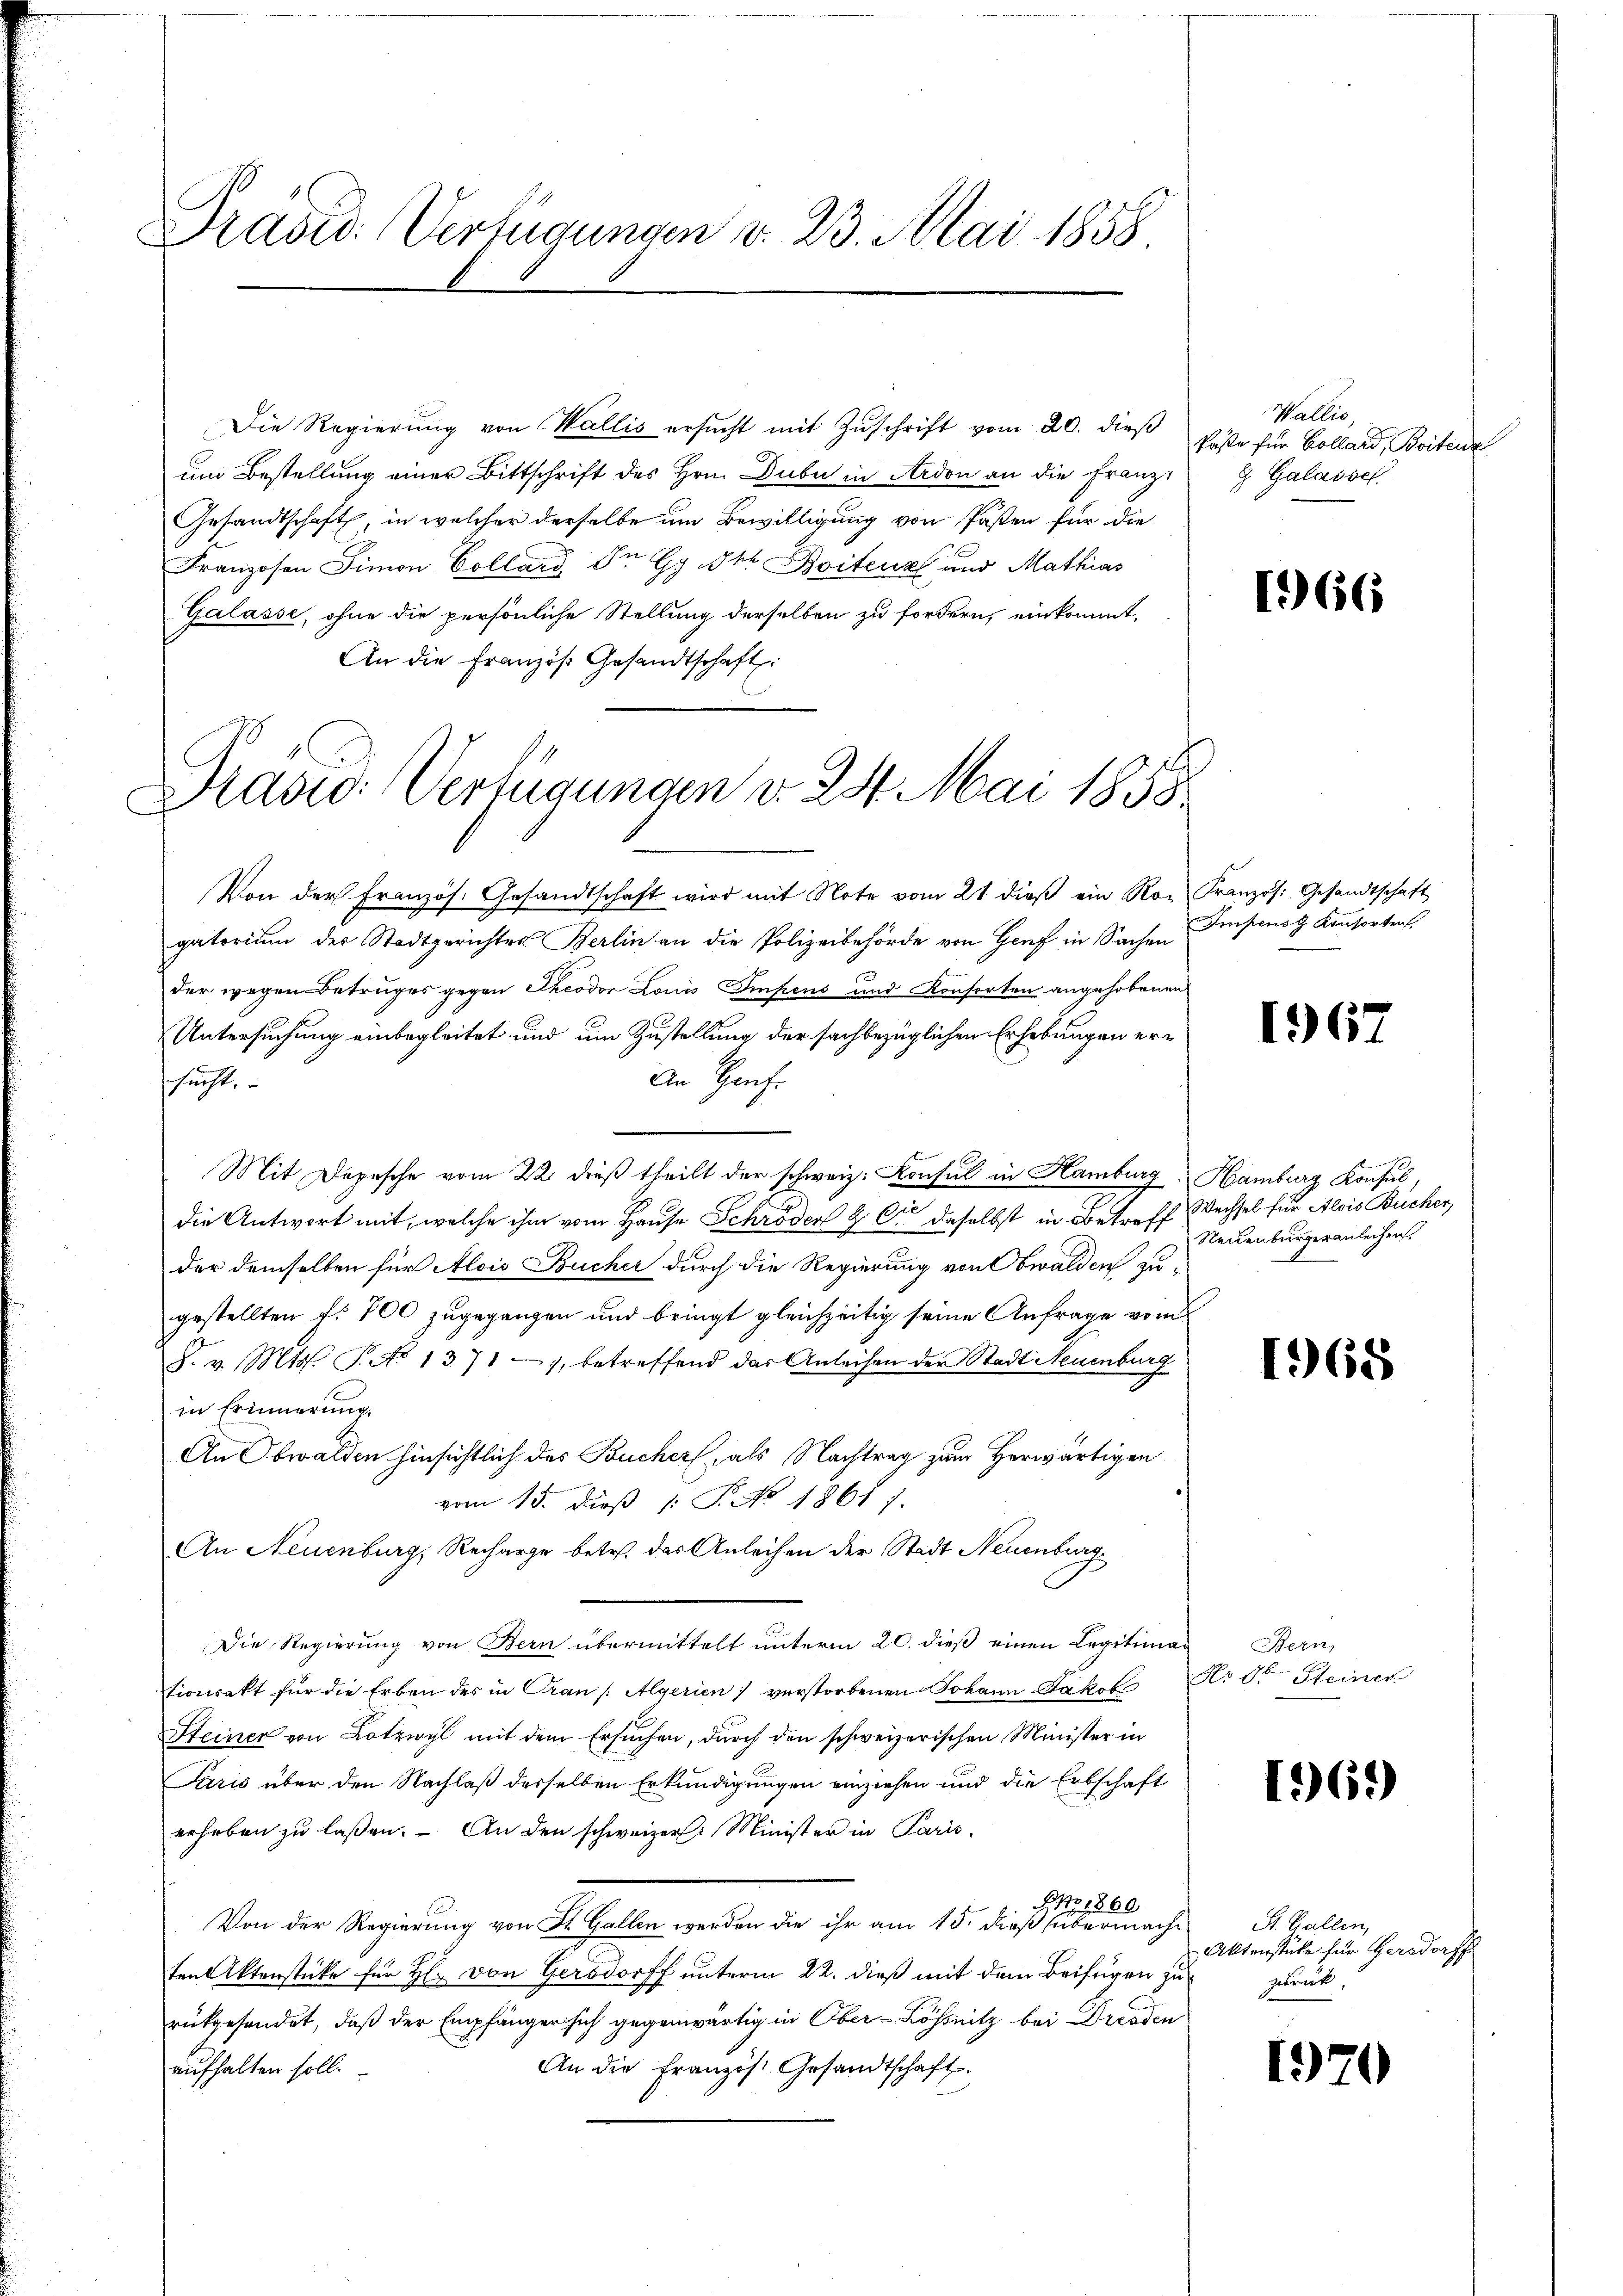
Präsid. Verfügungen v. 23. Mai 1858

Die Regierŭng von Wallis ersŭcht mit Zŭschrift vom 20. dieß
um Bestellung einer Bittschrift des Hrn. Dubi in Ardon an die Franz¬
Gesandtschaft, in welcher derselbe um Bewilligung von Pasten für die
Franzosen Simon Collard Dr Gg Pkt. Boitenz und Mathias
Galasse, ohne die persönliche Stellung derselben zu fordern, einkommt,
An die Französ. Gesandtschaft

Drasio: Verfügungen d. 24. Mai 1858

Von der Französ. Gesandtschaft wird mit Note vom 21. dieß ein Rogatorium der Stadtgerichtes Berlin an die Polizeibehörde von Genf in Sachen
der wegen Betruges gegen Theodor Louis Impens und Konsorten angehobenen
Untersuchung einbegleitet und um Zustellung der sachbezüglichen Erhebungen er¬
An Hauf
schsucht.
Mit Depesche vom 22. dieß theilt der schweiz. Konsul in Hamburg
die Antwort mit, welche ihm vom Hause Schröder 2 Er daselbst in Betreff Wechsel für Alois Bücher
der demselben für Alois Bucher durch die Regierung von Obwalden zugestellten f. 700 zugegangen und bringt gleichzeitig seine Anfrage vom
S. v. Mts. T. No 1371, betreffend das Anleihen der Stadt Neuenburg
2
in Erinnerung.
An Obwalden hinsichtlich des Bucher, als Nachtrag zum Herwärtigen
vom 15. dieß P. No. 1861).
An Neuenburg, Recharge betr. der Anleihen der Stadt Neuenburg
Die Regierung von Bern übermittelt unterm 20. dieß einen Legitiman Bern,
Stionsakt für die Erben des in Cran /: Algerien verstorbenen Johann Jakob
Steiner von Lotzwyl mit dem Ersuchen, durch den schweizerischen Minister in
Paris über den Nachlaß derselben Erkundigungen einziehen und die Erbschaft
erheben zŭ lassen. An den schweizer. Minister in Paris
ENr. 1860
Von der Regierung von St. Gallen werden die ihr am 15. dieß übermachten Aktenstücke für H. von Gersdorff unterm 22. dieß mit dem Beifügen zu
rükgesendet, daß der Empfänger sich gegenwärtig in Ober-Lössnitz bei Dresden
An die Französ. Gesandtschaft.
aufhalten soll.

Wallis,
käste für Collard, Boitenz
9 Galassch

166

Französ. Gesandtschaft
Impens Konsortens

1962

Hamburg Konsul,
Neuenburger anleihen.

1968

Xr der Steiner

169)

St. Gallen,
Aktenstüke für Gersdorff
zurück.

1)

)